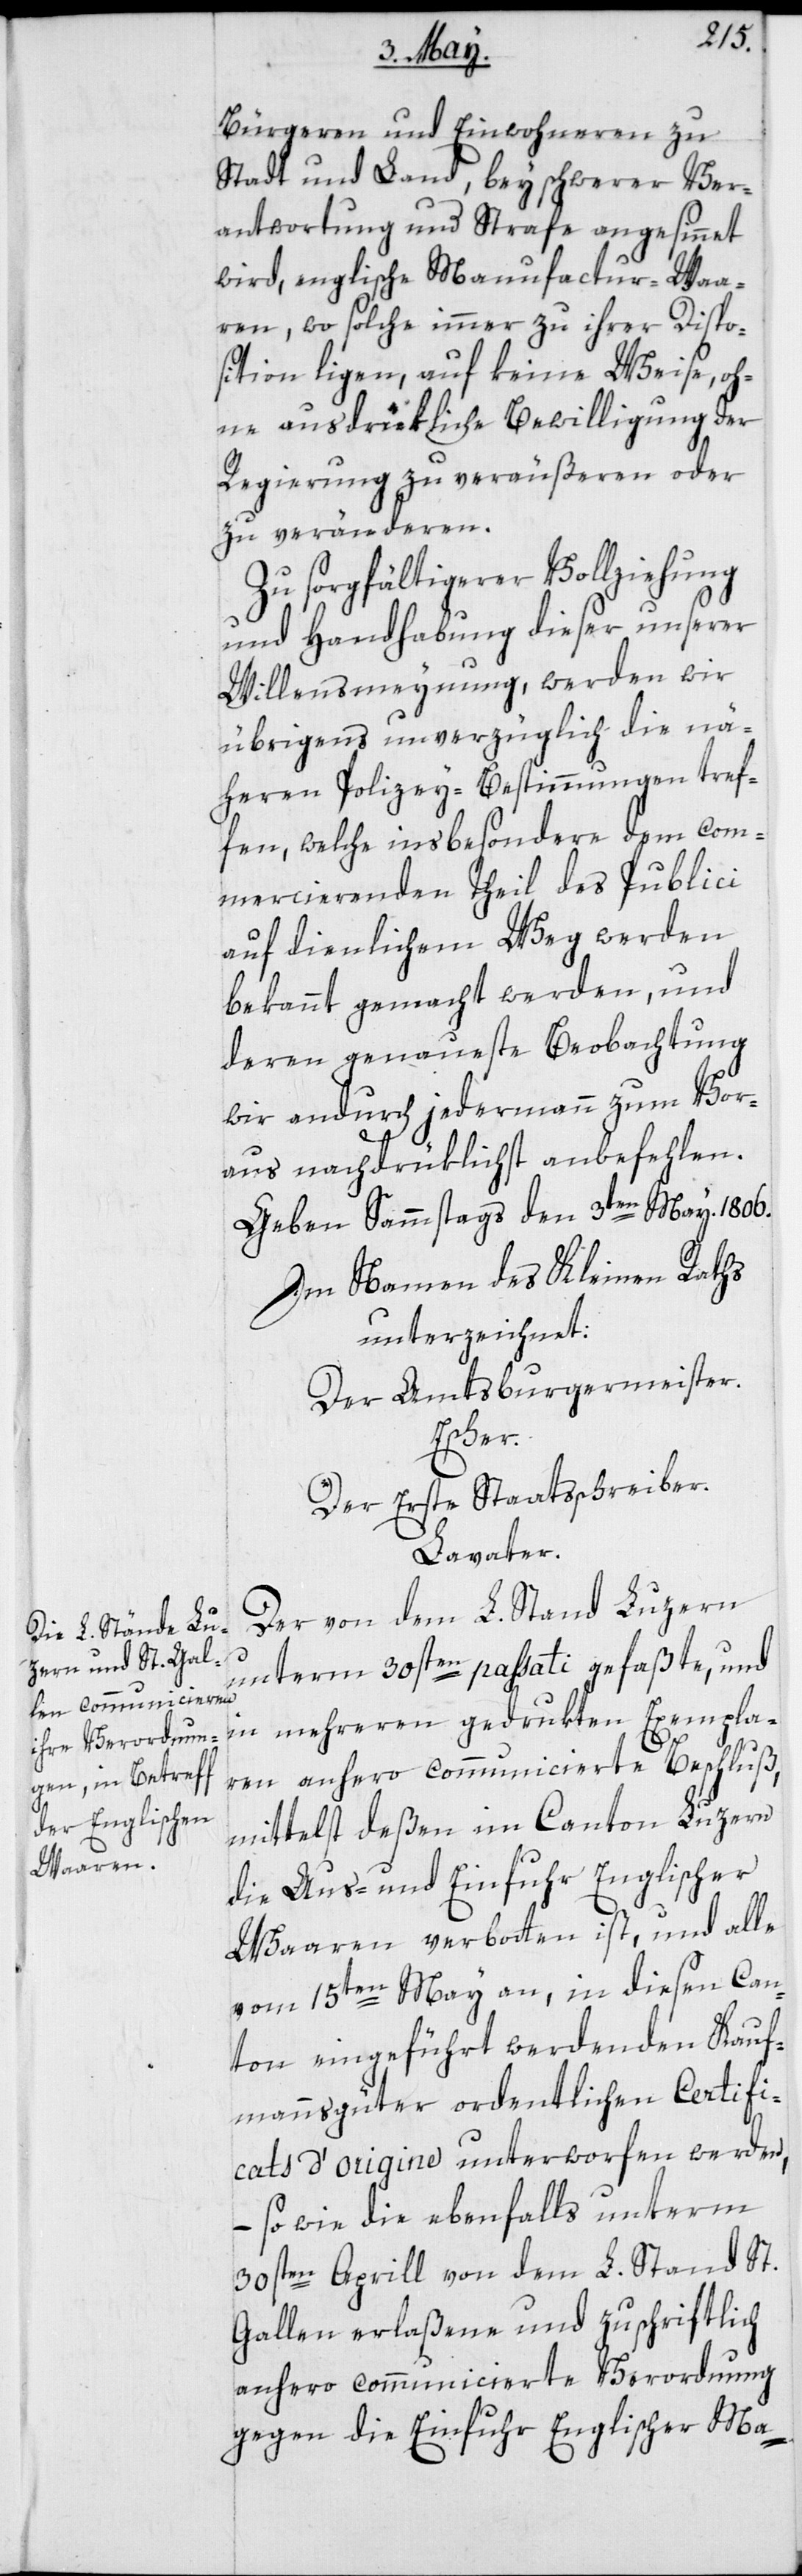
Bürgeren und Einwohneren zu
Stadt und Land, bey schwerer Ver¬
antwortung und Strafe angesinnet
wird, englische Manufactur-Waa¬
ren, wo solche immer zu ihrer Dispo¬
sition liegen, auf keine Weise oh¬
ne ausdrükliche Bewilligung der
Regierung zu veräußern oder
zu veränderen.
Zu sorgfältigerer Vollziehung
und Handhabung dieser unserer
Willensmeynung, werden wir
übrigens unverzüglich die nä¬
heren Polizey-Bestimmungen tref¬
fen, welche insbesondere dem com¬
mercierenden Theil des Publici
auf dienlichem Weg werden
bekannt gemacht werden, und
deren genaueste Beobachtung
wir andurch jedermann zum Vor¬
aus nachdrüklichst anbefehlen.
Geben Sammstags den 3ten May. 1806.
Im Namen des Kleinen Raths
unterzeichnet:
Der Amtsburgermeister.
Escher.
Der Erste Staatsschreiber.
Lavater.
Der von dem L. Stand Luzern
unterm 30sten passati gefaßte, und
in mehreren gedrukten Exempla¬
ren anhero communicierte Beschluß,
mittelst deßen im Canton Luzern
die Aus- und Einfuhr Englischer
Waaren verbotten ist, und alle
vom 15ten May an, in diesen Can¬
ton eingeführt werdenden Kauf¬
mannsgüter ordentlichen Certifi¬
cats d’origine unterworfen werden,
– so wie die ebenfalls unterm
30sten Aprill von dem L. Stand St.
Gallen erlaßene und zuschriftlich
anhero communicierte Verordnung
gegen die Einfuhr Englischer Ma-